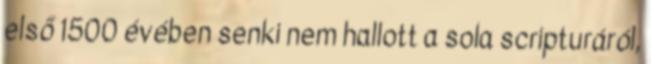
első 1500 évében senki nem hallott a sola scripturáról,